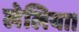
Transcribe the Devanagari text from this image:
लेलिया।